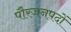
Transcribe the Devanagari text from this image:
पौरजनपदों